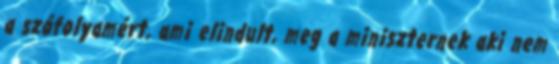
a szófolyamért, ami elindult, meg a miniszternek aki nem